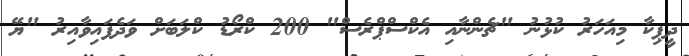
ދީޕިކާ މިއަހަރު ކުޅުނު "ޗެންނާއި އެކްސްޕްރެސް" 200 ކްރޯޑު ކްލަބަށް ވަދެފައިވާއިރު "ޔޭ